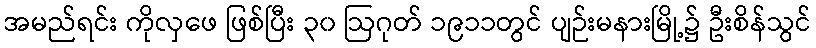
အမည်ရင်း ကိုလှဖေ ဖြစ်ပြီး ၃၀ ဩဂုတ် ၁၉၁၁တွင် ပျဉ်းမနားမြို့၌ ဦးစိန်သွင်